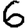
Digit: 6